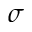
\sigma